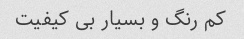
کم رنگ و بسیار بی کیفیت